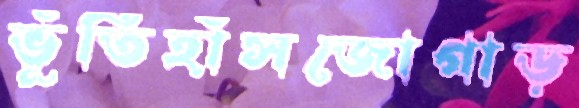
ভূঁতিহাঁসজোগাড়